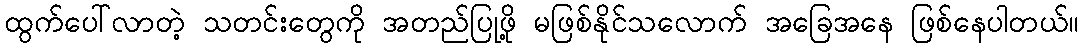
ထွက်ပေါ်လာတဲ့ သတင်းတွေကို အတည်ပြုဖို့ မဖြစ်နိုင်သလောက် အခြေအနေ ဖြစ်နေပါတယ်။